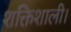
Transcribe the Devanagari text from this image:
शक्तिशाली।